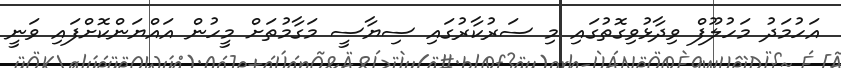
އަހުމަދު މަހުލޫފް ވިދާޅުވިގޮތުގައި މި ސަރުކާރުގައި ސިޔާސީ މަގާމުތަށް މީހުން އައްޔަންކޮށްފައި ވަނީ